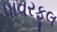
પાવરફૂલ